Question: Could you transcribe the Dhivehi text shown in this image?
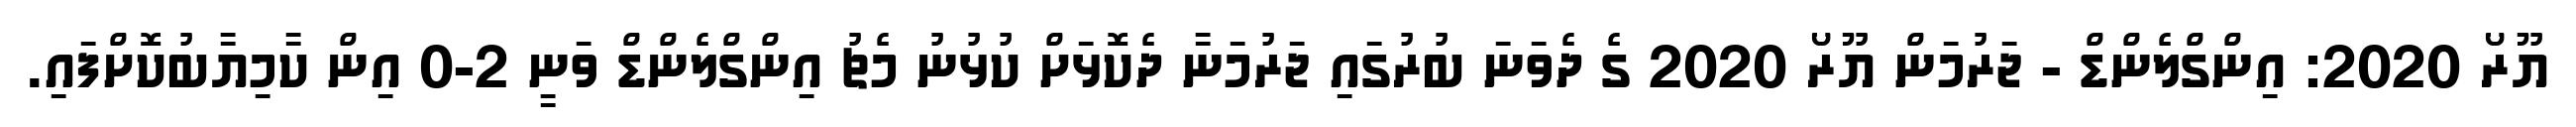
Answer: ޔޫރޯ 2020: އިންގްލެންޑް - ޖަރުމަން ޔޫރޯ 2020 ގެ ދެވަނަ ބުރުގައި ޖަރުމަނާ ދެކޮޅަށް ކުޅުނު މެޗު އިންގްލެންޑް ވަނީ 2-0 އިން ކާމިޔާބުކޮށްފައި.